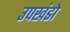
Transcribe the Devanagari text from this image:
उपखंडो